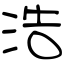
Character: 浩